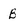
Character: B